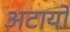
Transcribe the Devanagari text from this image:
अटायो